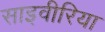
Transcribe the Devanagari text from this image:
साइवीरिया